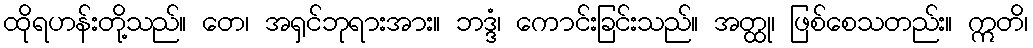
ထိုရဟန်းတို့သည်။ တေ၊ အရှင်ဘုရားအား။ ဘဒ္ဒံ၊ ကောင်းခြင်းသည်။ အတ္ထု၊ ဖြစ်စေသတည်း။ ဣတိ၊